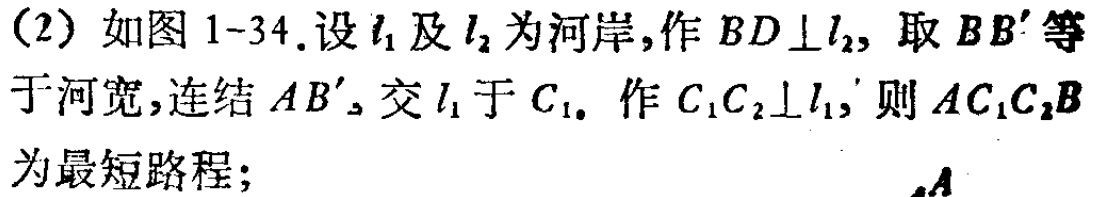
(2) 如图 1-34.设 \(l_{1}\) 及 \(l_{2}\) 为河岸,作 \(BD\perp l_{2}\), 取 \(BB'\) 等于河宽,连结 \(AB'\), 交 \(l_{1}\) 于 \(C_{1}\). 作 \(C_{1}C_{2}\perp l_{1}\), 则 \(AC_{1}C_{2}B\) 为最短路程;